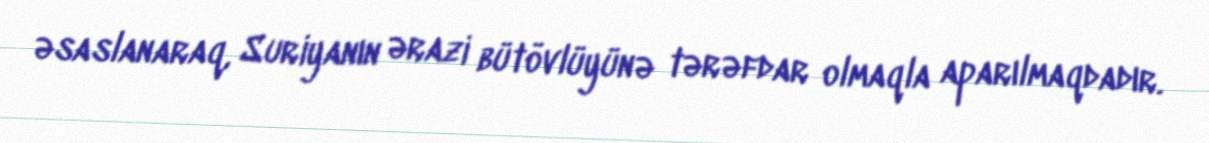
əsaslanaraq, Suriyanın ərazi bütövlüyünə tərəfdar olmaqla aparılmaqdadır.